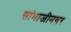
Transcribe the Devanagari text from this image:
सांभाजीनगर